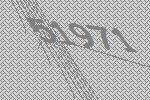
51971